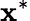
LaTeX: \mathbf{x}^{*}